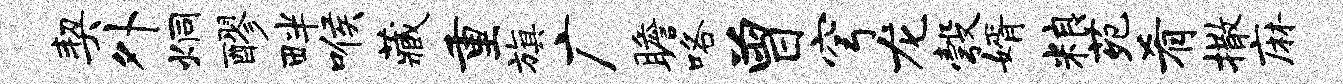
契外炯醪畔喉藏重旗广瞻咯曾穹龙彀婿粮苑肴撒麻